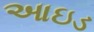
આઇડ